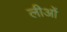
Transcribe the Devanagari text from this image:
लीओं